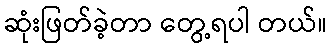
ဆုံးဖြတ်ခဲ့တာ တွေ့ရပါ တယ်။